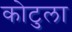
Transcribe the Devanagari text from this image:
कोटुला